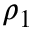
\rho _ { 1 }